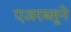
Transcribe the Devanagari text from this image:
एअरब्लूने